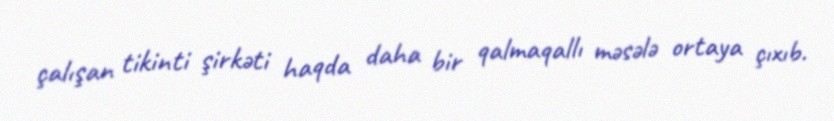
çalışan tikinti şirkəti haqda daha bir qalmaqallı məsələ ortaya çıxıb.